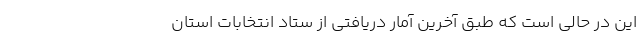
این در حالی است که طبق آخرین آمار دریافتی از ستاد انتخابات استان